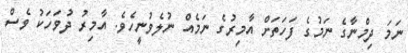
ނަމަ ދިމްނާގެ ނަމުގެ ފަހަތަށް އާމިރުގެ ނަމެއް ނުލެވުނީހެވެ. އާމިރު ދުވަހަކު ވެސް